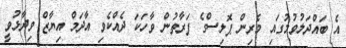
އެ ބައްދަލުވުމުގައި މެރިން ޕޮލިސްގެ ފަރާތުން ވާހަކަ ދެއްކެވި އާދަމް އިޔާޒް ވިދާޅުވީ